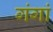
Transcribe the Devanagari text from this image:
गंगां